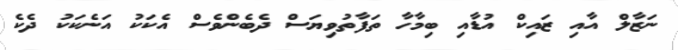
ނަޒާލް އާއި ޒައިކް އުޑާއި ބިމާހާ ތަފާތުވިޔަސް ދެބެންވެސް އެކަކު އަނެކަކު ދެކެ